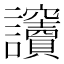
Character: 𧮡